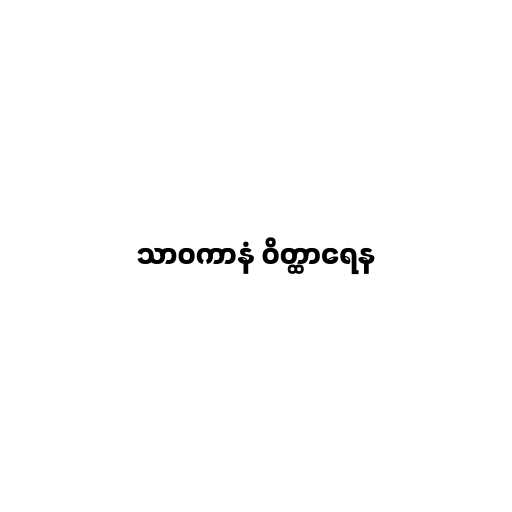
သာဝကာနံ ဝိတ္ထာရေန